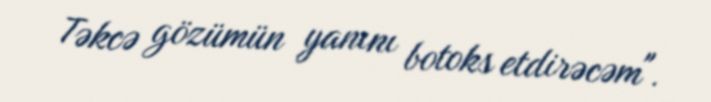
Təkcə gözümün yanını botoks etdirəcəm".